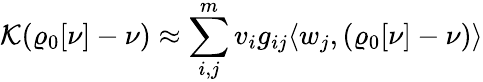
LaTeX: {\cal K}(\varrho_{\mathrm{0}}[\nu]-\nu)\approx\sum_{i,j}^{m}v_{i}g_{ij}\langle w_{j},(\varrho_{\mathrm{0}}[\nu]-\nu)\rangle